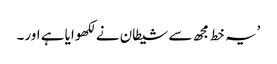
’یہ خط مجھ سے شیطان نے لکھوایا ہے اور۔